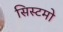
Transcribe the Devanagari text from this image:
सिस्टमो